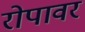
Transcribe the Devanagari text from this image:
रोपावर